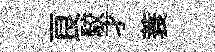
良駮才蓑